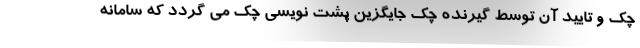
چک و تایید آن توسط گیرنده چک جایگزین پشت نویسی چک می گردد که سامانه